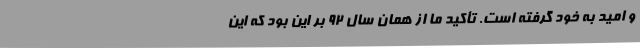
و امید به خود گرفته است. تأکید ما از همان سال 92 بر این بود که این